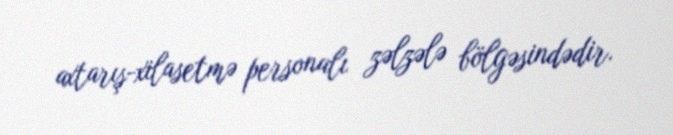
axtarış-xilasetmə personalı zəlzələ bölgəsindədir.